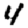
Digit: 4